Report on horse surra - Volume II, Part II
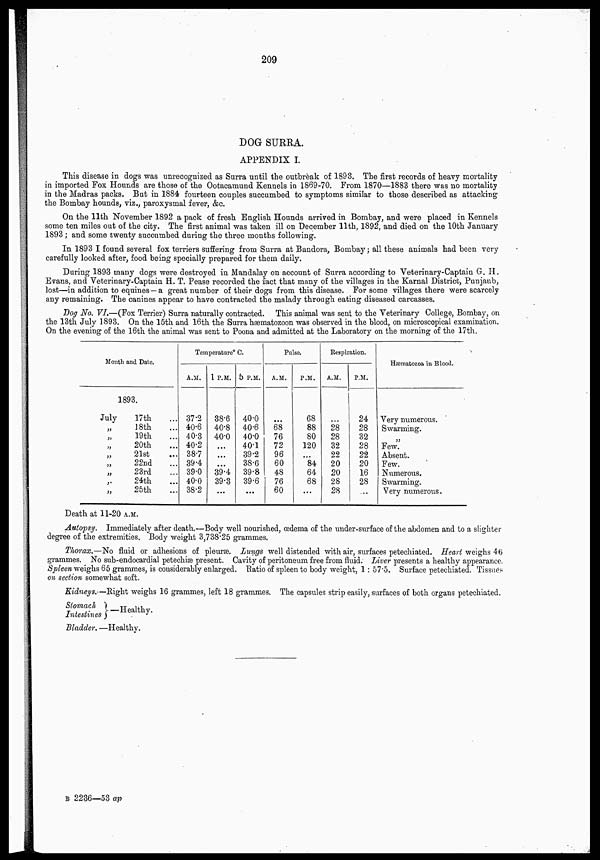
209
DOG SURRA.
APPENDIX I.
This disease in dogs was unrecognized as Surra until the outbreak of 1893. The first records of heavy mortality
in imported Fox Hounds are those of the Ootacamund Kennels in 1869-70. From 1870—1883 there was no mortality
in the Madras packs. But in 1884 fourteen couples succumbed to symptoms similar to those described as attacking
the Bombay hounds, viz., paroxysmal fever, &c.
On the 11th November 1892 a pack of fresh English Hounds arrived in Bombay, and were placed in Kennels
some ten miles out of the city. The first animal was taken ill on December 11th, 1892, and died on the 10th January
1893 ; and some twenty succumbed during the three months following.
In 1893 I found several fox terriers suffering from Surra at Bandora, Bombay; all these animals had been very
carefully looked after, food being specially prepared for them daily.
During 1893 many dogs were destroyed in Mandalay on account of Surra according to Veterinary-Captain G. H.
Evans, and Veterinary-Captain H. T. Pease recorded the fact that many of the villages in the Karnal District, Punjaub,
lost—in addition to equines—a great number of their dogs from this disease. For some villages there were scarcely
any remaining. The canines appear to have contracted the malady through eating diseased carcasses.
Dog No. VI.—(Fox Terrier) Surra naturally contracted. This animal was sent to the Veterinary College, Bombay, on
the 13th July 1893. On the 15th and 16th the Surra hæmatozoon was observed in the blood, on microscopical examination.
On the evening of the 16th the animal was sent to Poona and admitted at the Laboratory on the morning of the 17th.
Month and Date.
1893.
July
„
„
„
„
„
„
„
„
17th ...
18th ...
19th ...
20th ...
21st ...
22nd ...
23rd ...
24th ...
25th ...
Temperature °C.
A.M.
37.2
40.6
40.3
40.2
38.7
39.4
39.0
40.0
38.2
1 P.M.
38.6
40.8
40.0
...
...
...
39.4
39.3
...
5 P.M.
40.0
40.6
40.0
40.1
39.2
38.6
39.8
39.6
...
Pulse.
A.M.
....
68
76
72
96
60
48
76
60
P.M.
68
88
80
120
...
84
64
68
...
Respiration.
A.M.
...
28
28
32
22
20
20
28
28
P.M.
24
28
32
28
22
20
16
28
...
Hæmatozoa in Blood.
Very numerous.
Swarming.
„
Few.
Absent.
Few.
Numerous.
Swarming.
Very numerous.
Death at 11-20 A.M.
Autopsy. Immediately after death.—Body well nourished, œdema of the under-surface of the abdomen and to a slighter
degree of the extremities. Body weight 3,738.25 grammes.
Thorax.—No fluid or adhesions of pleuræ. Lungs well distended with air, surfaces petechiated. Heart weighs 46
grammes. No sub-endocardial petechiæ present. Cavity of peritoneum free from fluid. Liver presents a healthy appearance.
Spleen weighs 65 grammes, is considerably enlarged. Ratio of spleen to body weight, 1: 57.5. Surface petechiated. Tissues
on section somewhat soft.
Kidneys.—Right weighs 16 grammes, left 18 grammes. The capsules strip easily, surfaces of both organs petechiated.
Stomach }—Healthy.
Intestines
Bladder.—Healthy.
B 2236—53 ap